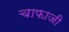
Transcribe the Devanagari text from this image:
चाफाजी